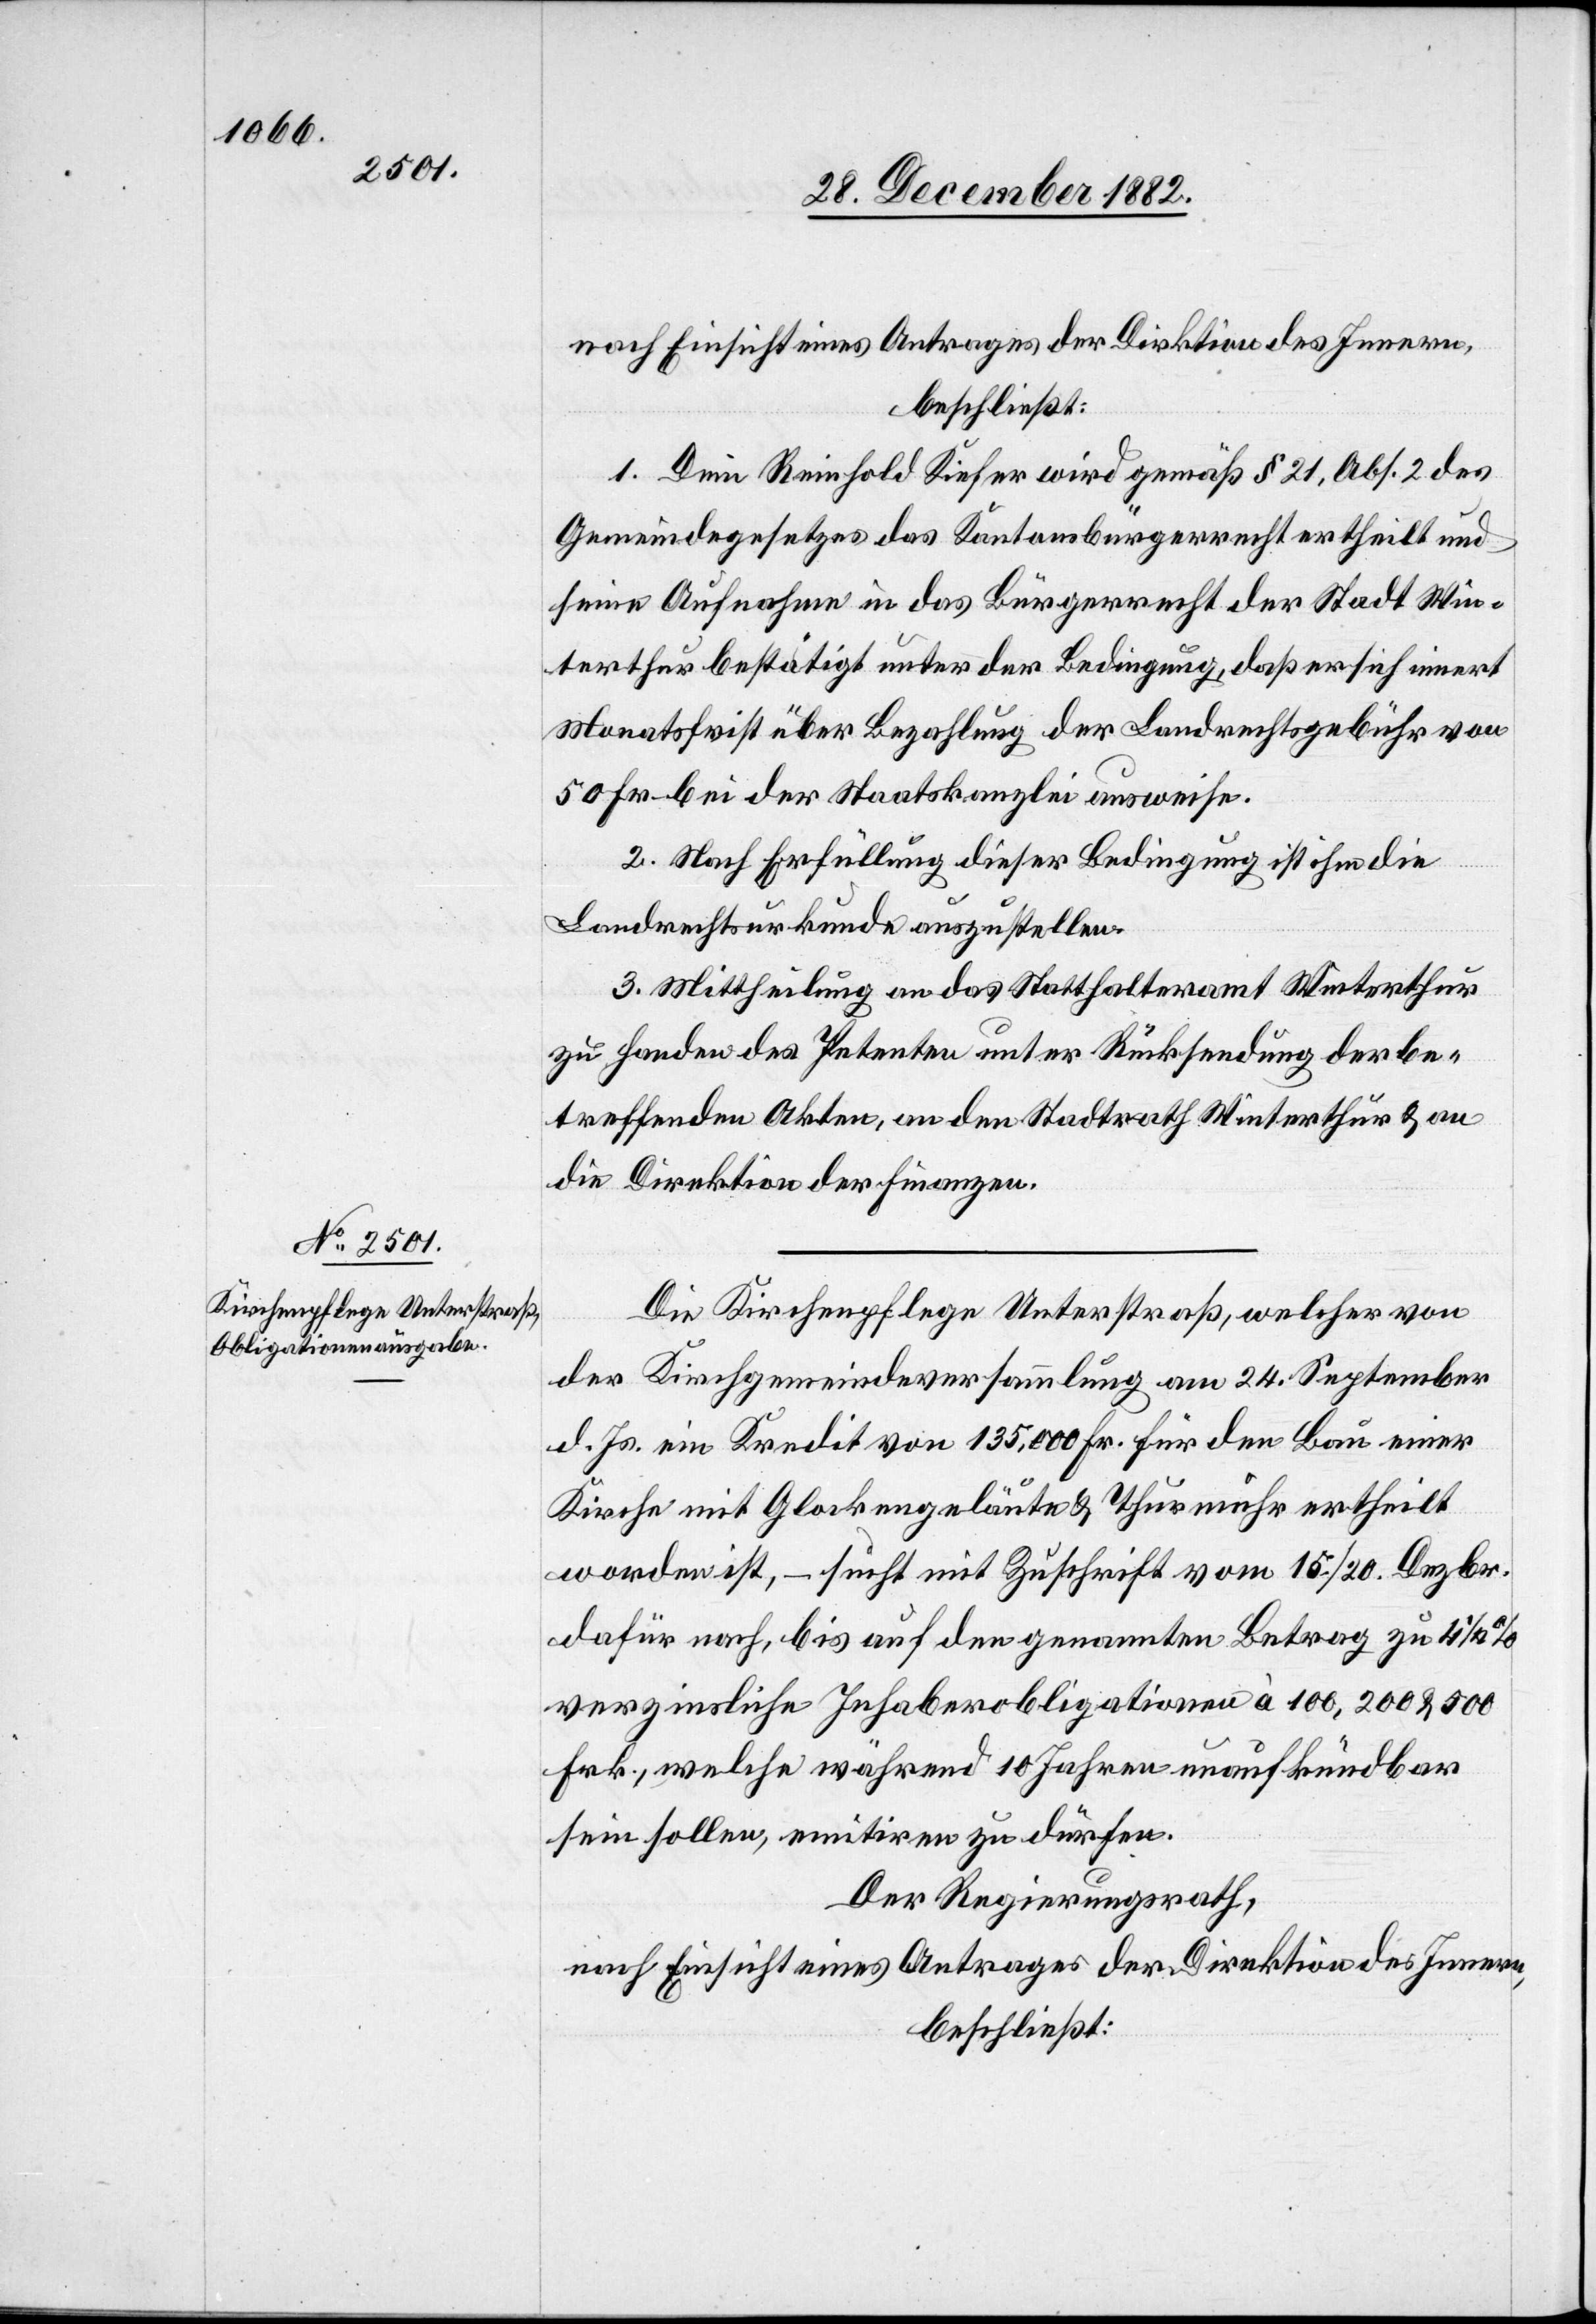
1. Dem Reinhold Kiefer wird gemäß § 21, Abs. 2 des
Gemeindegesetzes das Kantonsbürgerrecht ertheilt und
seine Aufnahme in das Bürgerrecht der Stadt Win¬
terthur bestätigt unter der Bedingung, daß er sich innert
Monatsfirst über Bezahlung der Landrechtsgebühr von
50 Fr. bei der Staatskanzlei ausweise.
2. Nach Erfüllung dieser Bedingung ist ihm die
Landrechtsurkunde auszustellen.
3. Mittheilung an das Statthalteramt Winterthur
zu Handen des Petenten unter Rücksendung der be¬
treffenden Akten, an den Stadtrath Winterthur & an
die Direktion der Finanzen.
Die Kirchenpflege Unterstraß, welcher von
der Kirchengemeindeversammlung am 24. September
d. Js. ein Kredit von 135,000 Fr. für den Bau einer
Kirche mit Glockengeläute & Thurmuhr ertheilt
worden ist, – sucht mit Zuschrift vom 15./20. Dezbr.
dafür nach, bis auf den genannten Betrag zu 4
verzinsliche Inhaberobligationen à 100,200 & 500
Frk., welche während 10 Jahren unaufkündbar
sein sollen, emitiren zu dürfen.
Der Regierungsrath,
nach Einsicht eines Antrages der Direktion des Innern,
beschließt: